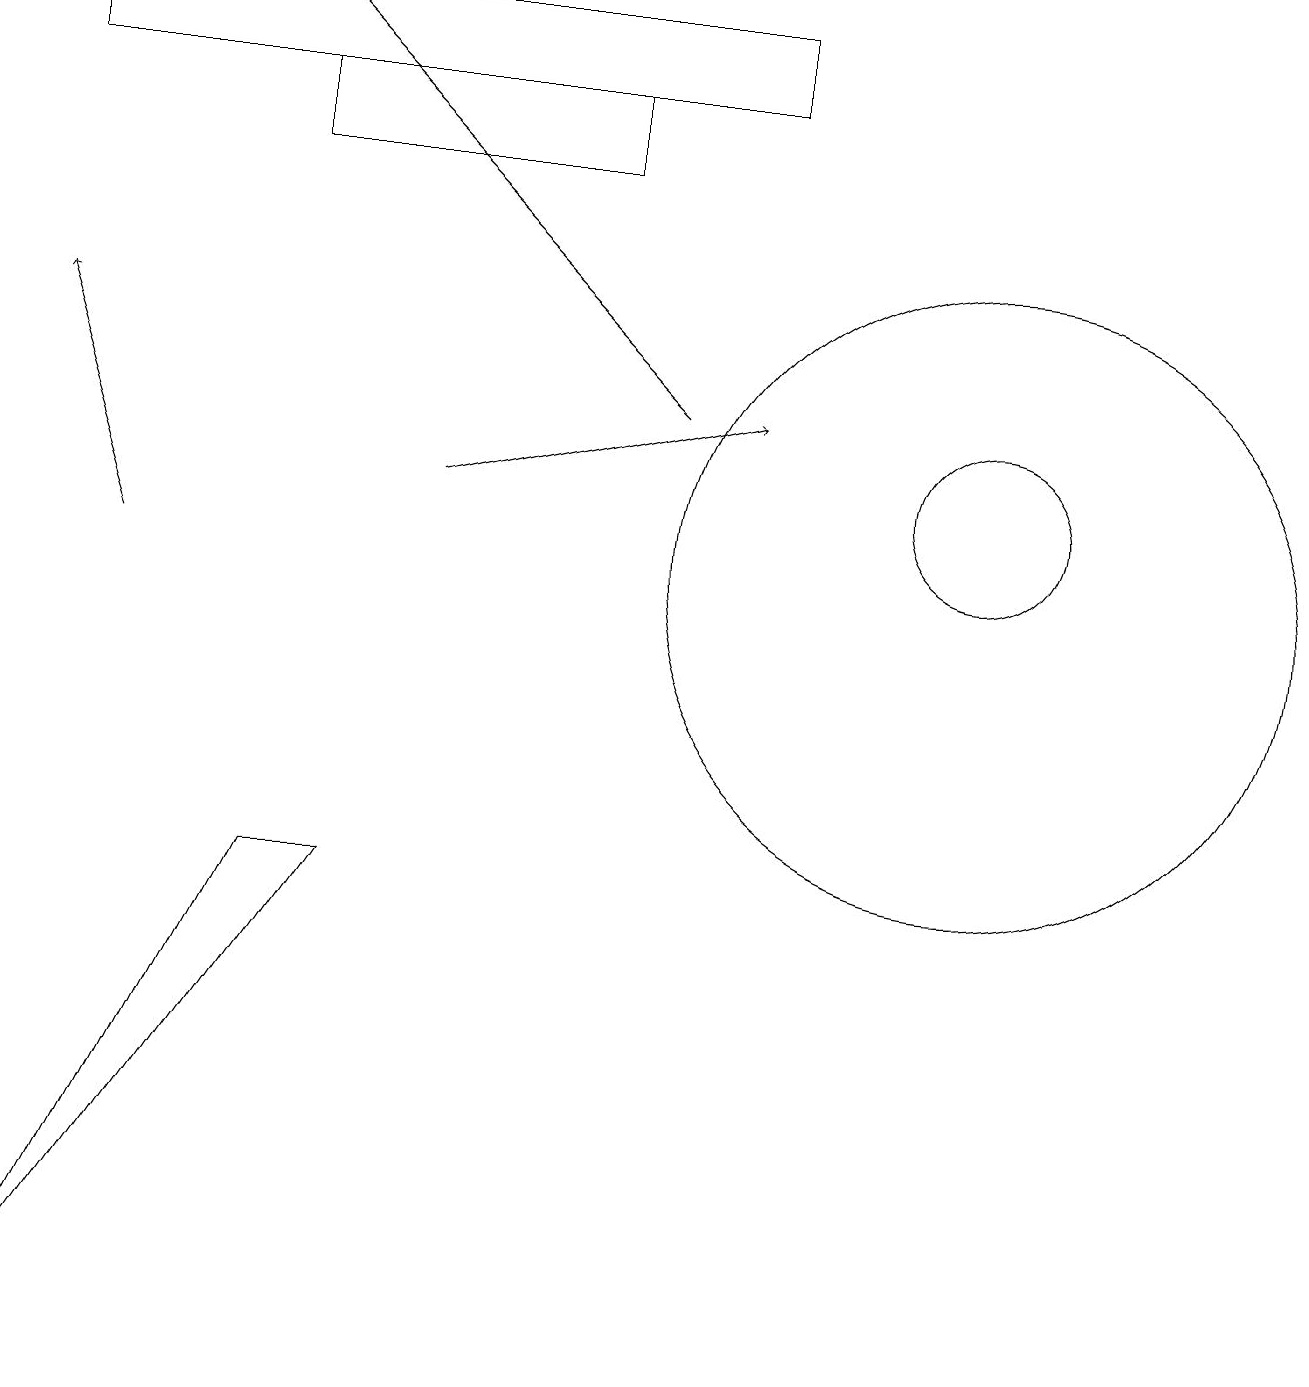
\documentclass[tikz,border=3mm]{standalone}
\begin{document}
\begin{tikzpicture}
\draw (12,11) circle (1);
\draw[->] (5,11) -- (9,12);
\draw (9,17) rectangle (0,16);
\draw[->] (8,12) -- (3,17);
\draw (3,6) -- (0,0) -- (4,6) -- cycle;
\draw (12,10) circle (4);
\draw[->] (1,10) -- (0,13);
\draw (7,15) rectangle (3,16);
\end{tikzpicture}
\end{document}